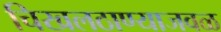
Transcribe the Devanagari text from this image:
चिखलठाण्याजवळ